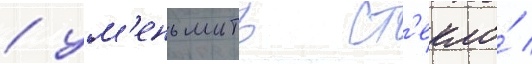
/ ум'еньшить ст'екло́ /